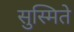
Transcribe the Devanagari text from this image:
सुस्मिते